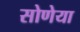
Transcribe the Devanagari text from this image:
सोणेया